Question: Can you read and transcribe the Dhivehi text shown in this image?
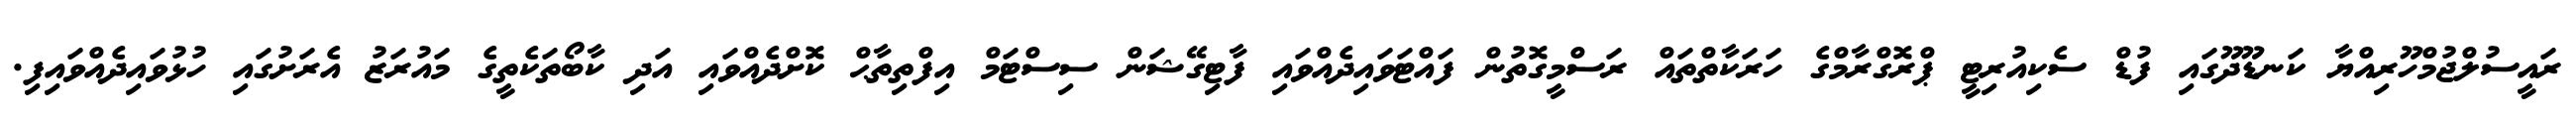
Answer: ރައީސުލްޖުމްހޫރިއްޔާ ކަނޑޫދޫގައި ފުޑް ސެކިއުރިޓީ ޕްރޮގްރާމްގެ ހަރަކާތްތައް ރަސްމީގޮތުން ފައްޓަވައިދެއްވައި ފާޓިގޭޝަން ސިސްޓަމް އިފްތިތާޙް ކޮށްދެއްވައި އަދި ކާބޯތަކެތީގެ މައުރަޒު އެރަށުގައި ހުޅުވައިދެއްވައިފި.